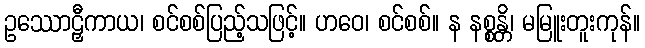
ဥဿောဠှီကာယ၊ စင်စစ်ပြည့်သဖြင့်။ ဟဝေ၊ စင်စစ်။ န နစ္စန္တိ၊ မမြူးတူးကုန်။